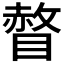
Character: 𰥾